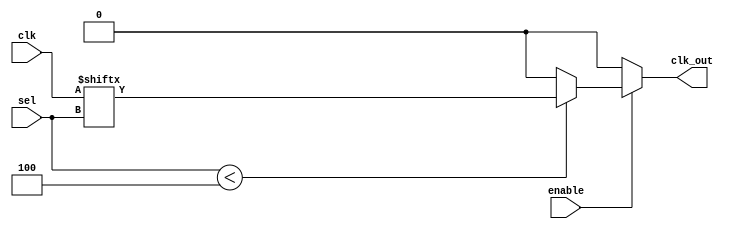
module CMuxBuf #(
    parameter NUM_CLOCKS = 4 // Number of input clock sources
)(
    input wire [NUM_CLOCKS-1:0] clk,       // Input clock sources
    input wire [$clog2(NUM_CLOCKS)-1:0] sel, // Selection control signal
    input wire enable,                      // Enable signal
    output reg clk_out                      // Output clock
);

// Internal signal to hold the selected clock before buffering
wire selected_clk;

// Multiplexer logic to select the appropriate clock source
assign selected_clk = (sel < NUM_CLOCKS) ? clk[sel] : 1'b0;

// Output buffering logic with enable/disable functionality
always @(*) begin
    if (enable) begin
        clk_out <= selected_clk; // Pass through the selected clock when enabled
    end else begin
        clk_out <= 1'b0;          // When disabled, output is low
    end
end

endmodule